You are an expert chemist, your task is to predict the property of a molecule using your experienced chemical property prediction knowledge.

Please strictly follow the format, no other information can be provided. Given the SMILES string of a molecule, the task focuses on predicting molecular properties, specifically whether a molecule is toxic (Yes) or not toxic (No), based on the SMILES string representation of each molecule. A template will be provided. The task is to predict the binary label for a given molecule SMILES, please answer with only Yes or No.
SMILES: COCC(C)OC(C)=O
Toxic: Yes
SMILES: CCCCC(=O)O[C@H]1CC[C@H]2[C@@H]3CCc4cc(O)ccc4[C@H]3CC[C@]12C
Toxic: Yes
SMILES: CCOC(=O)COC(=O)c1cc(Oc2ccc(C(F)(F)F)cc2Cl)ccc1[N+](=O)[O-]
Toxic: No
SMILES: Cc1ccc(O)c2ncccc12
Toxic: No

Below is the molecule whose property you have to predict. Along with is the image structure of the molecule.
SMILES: O=C(Nc1ccccc1)c1cc([N+](=O)[O-])ccc1Cl
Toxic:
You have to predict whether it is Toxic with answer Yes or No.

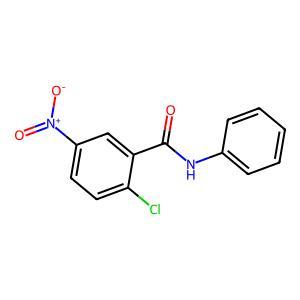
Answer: No